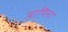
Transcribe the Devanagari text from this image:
प्राणिनां